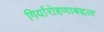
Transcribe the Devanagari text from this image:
गिर्यारोहणाबद्दल